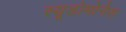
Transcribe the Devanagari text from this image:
स्यूडोमोनैस